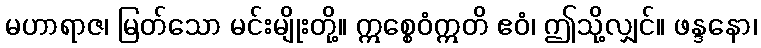
မဟာရာဇ၊ မြတ်သော မင်းမျိုးတို့။ ဣစ္စေဝံဣတိ ဧဝံ၊ ဤသို့လျှင်။ ဖန္ဒနော၊